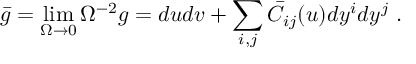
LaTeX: \bar { g } = \operatorname * { l i m } _ { \Omega \to 0 } \Omega ^ { - 2 } g = d u d v + \sum _ { i , j } \bar { C } _ { i j } ( u ) d y ^ { i } d y ^ { j } ~ .